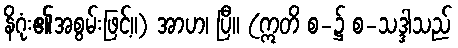
နိဂုံး၏အစွမ်းဖြင့်။) အာဟ၊ ပြီ။ (ဣတိ စ-၌ စ-သဒ္ဒါသည်